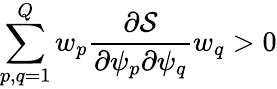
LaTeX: \sum_{p,q=1}^{Q}w_{p}\frac{\partial\mathcal{S}}{\partial\psi_{p}\partial\psi_{q}}w_{q}>0